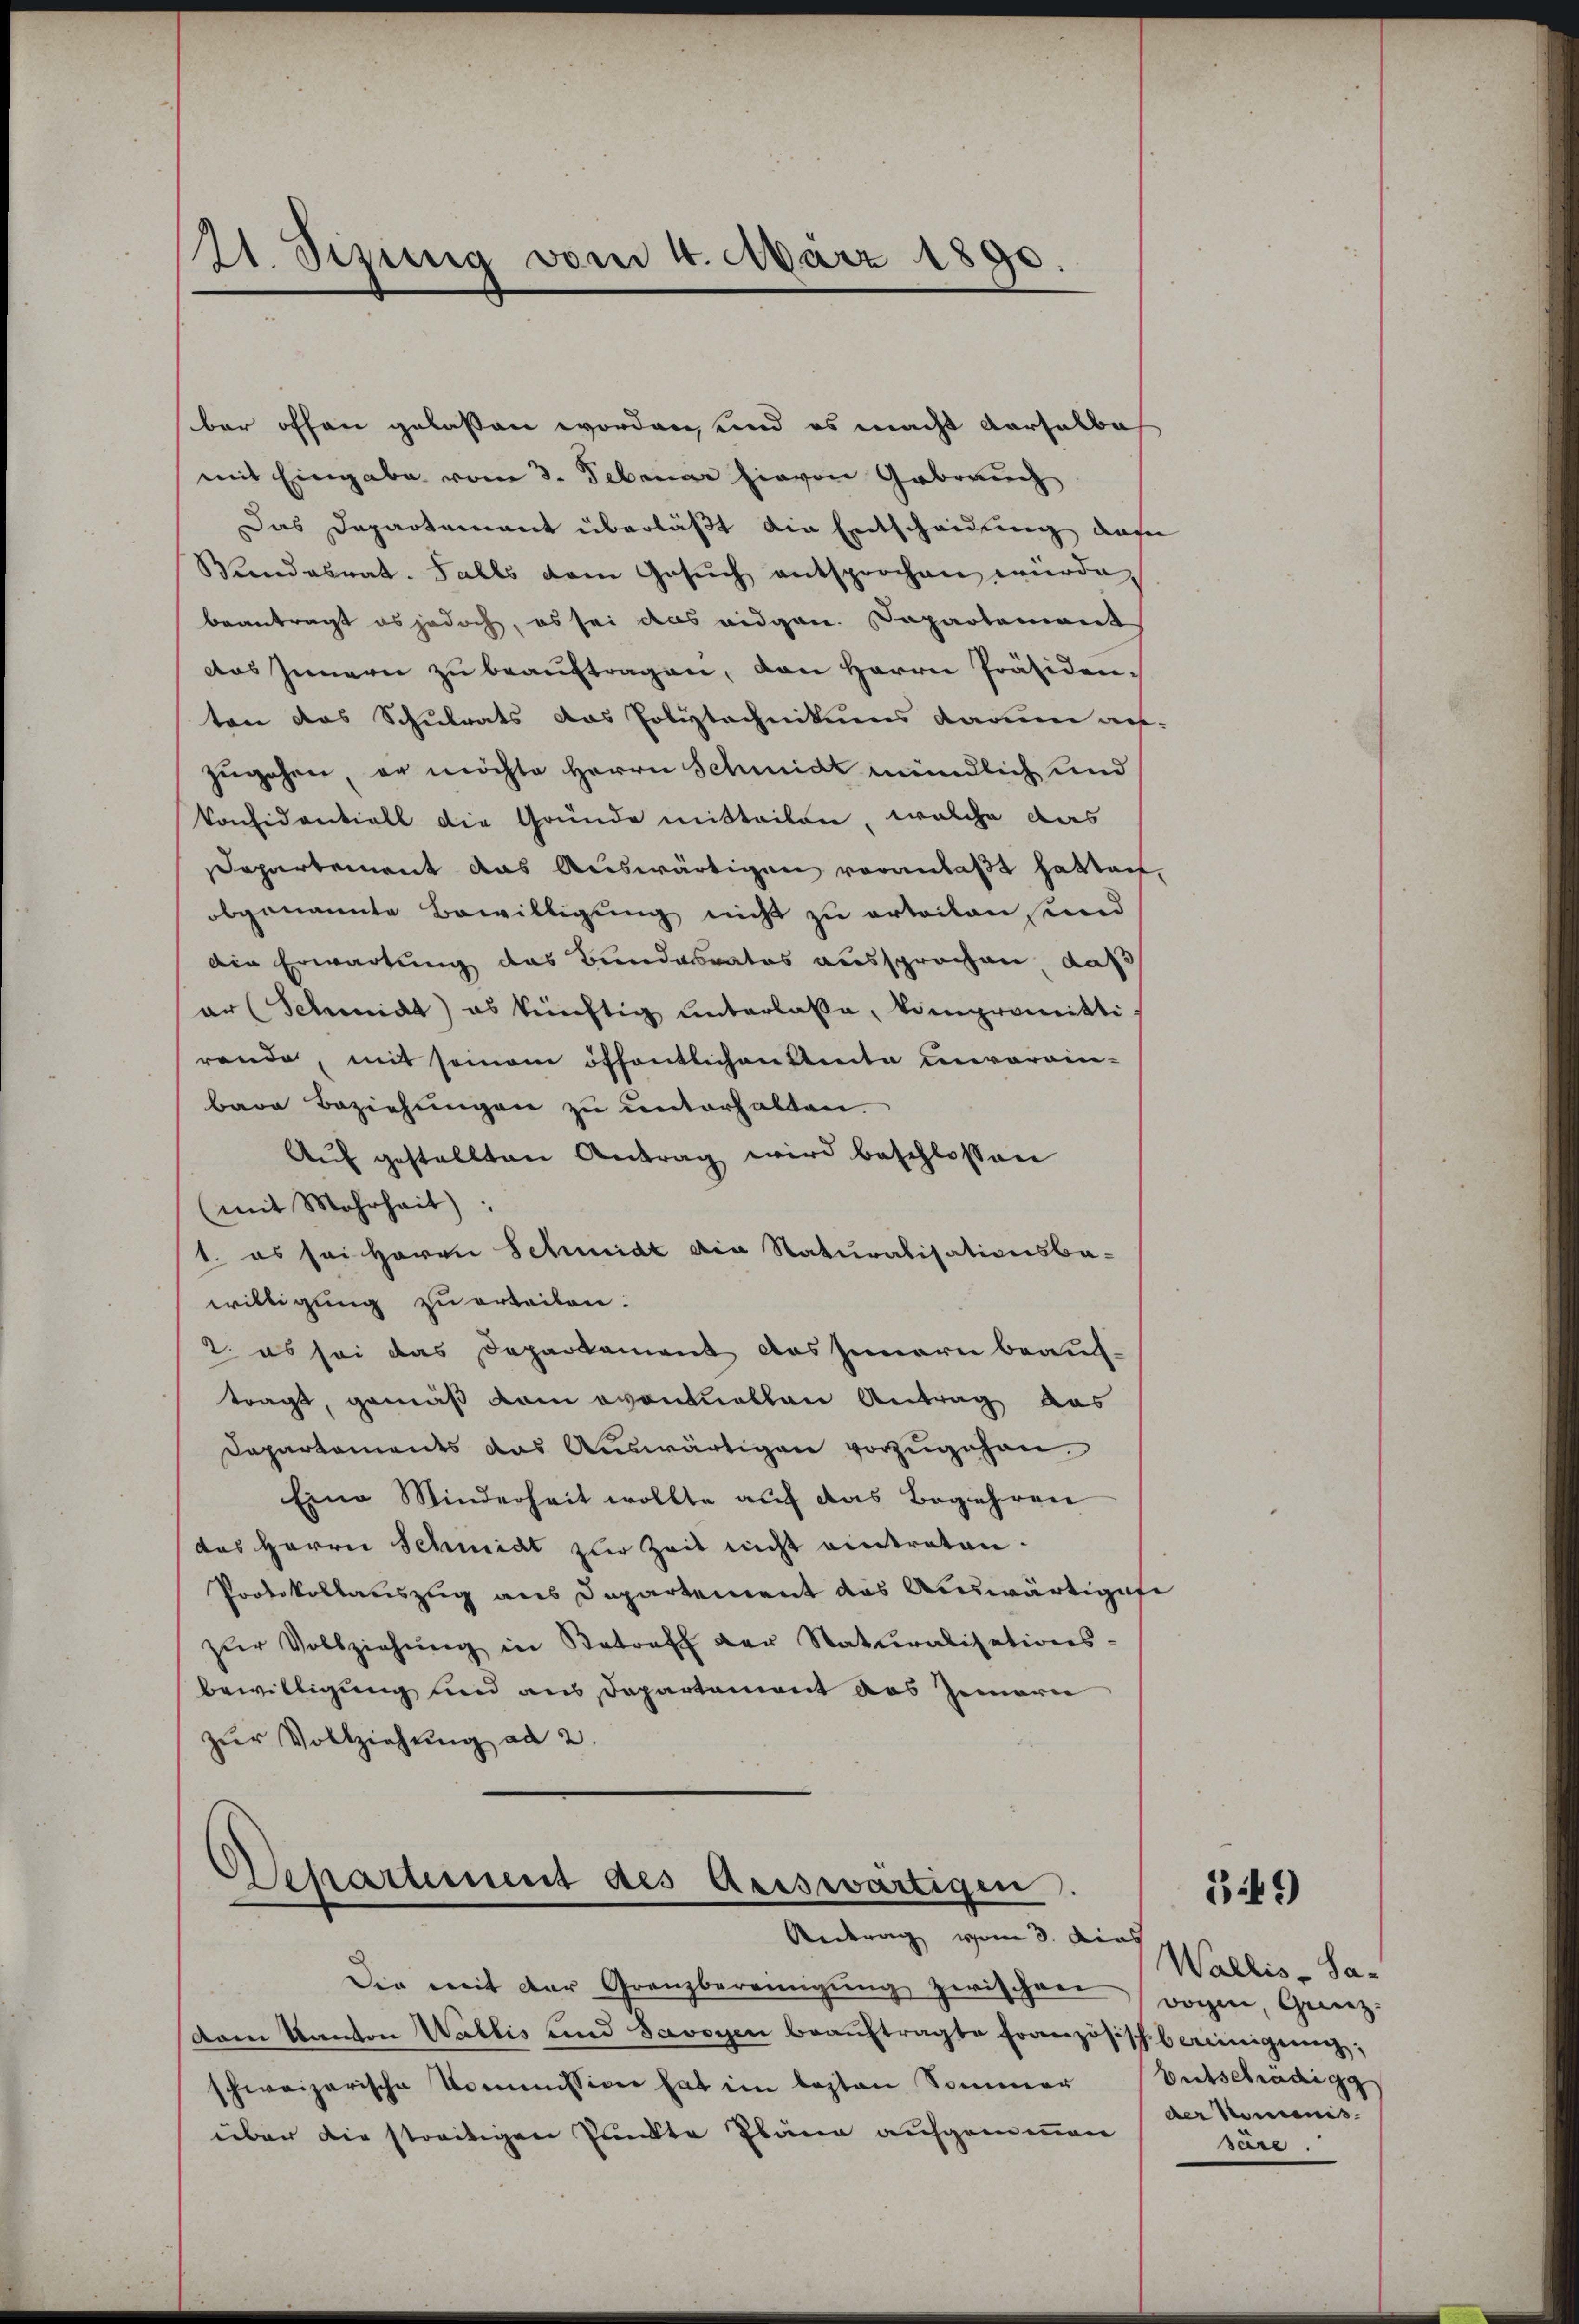
121. Sezing vom 4. März 1890.

ber offen gelassen worden, und es macht derselbe
mit Eingabe vom 3. Februar hievon Gebrauch
Das Departement überläßt die Entscheidung dafür
Wundasnat. Falls dem Gesŭch entsprochen würde,
beantragt es jedoch, es sei das eidgen. Dapartement
das Innern zŭ beaŭftragen, von Herrn Präsiden-
ten das Schulrats das Polytechnikums darin auf-
zugehen, er möchte Herrn Schmidt mündlich und
Considentioll die Gründe mitteilen, welche das
Departement das Auswärtigen veranlaßt hatten,
obgenannte Bewilligung nicht zu erteilen, und
din Erwartung das Bundesrates aussprachen, daß
ar (Schmidt) es künftig unterlasse, kompromitti
rende, mit seinem öffentlichen Amte unvorein-
bare Beziehungen zu unterhalten.
Aŭf gestellten Antrag wird beschlossen
(mit Mehrheit)
1. es sei Herrn Schmidt die Naturalisationsba-
willigung zu erteilen.
2. es sei das Departement das Innern beauftragt, gemäß dem eventuellen Antrag aus
Departements das Auswärtigen vorzugehen.
Eine Minderheit wollte auf das Begehren
das Herrn Schmidt zur Zeit nicht eintreten.
Protokollauszug aus Departement das Auswärtiget
zŭr Vollziehŭng in Betreff der Naturalisations-
bewilligung und aus Departement des Innern
zŭr Vollziehung ad 2.
Aschartement des Auswärtigen.

Retrag vom 3. die

Die mit der Granzbereinigung zwischen Bogen, Grenz-
dam Kanton Wallis und Savoyen beaŭftragte Französischbereinigung,
schweizerische Kommission hat im lezten Sommer
über die streitigen Punkte Pläne aufgemeinen

Wallis-Sa-
Betschädig
der Momenis
err.

B9)